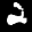
Digit: 2